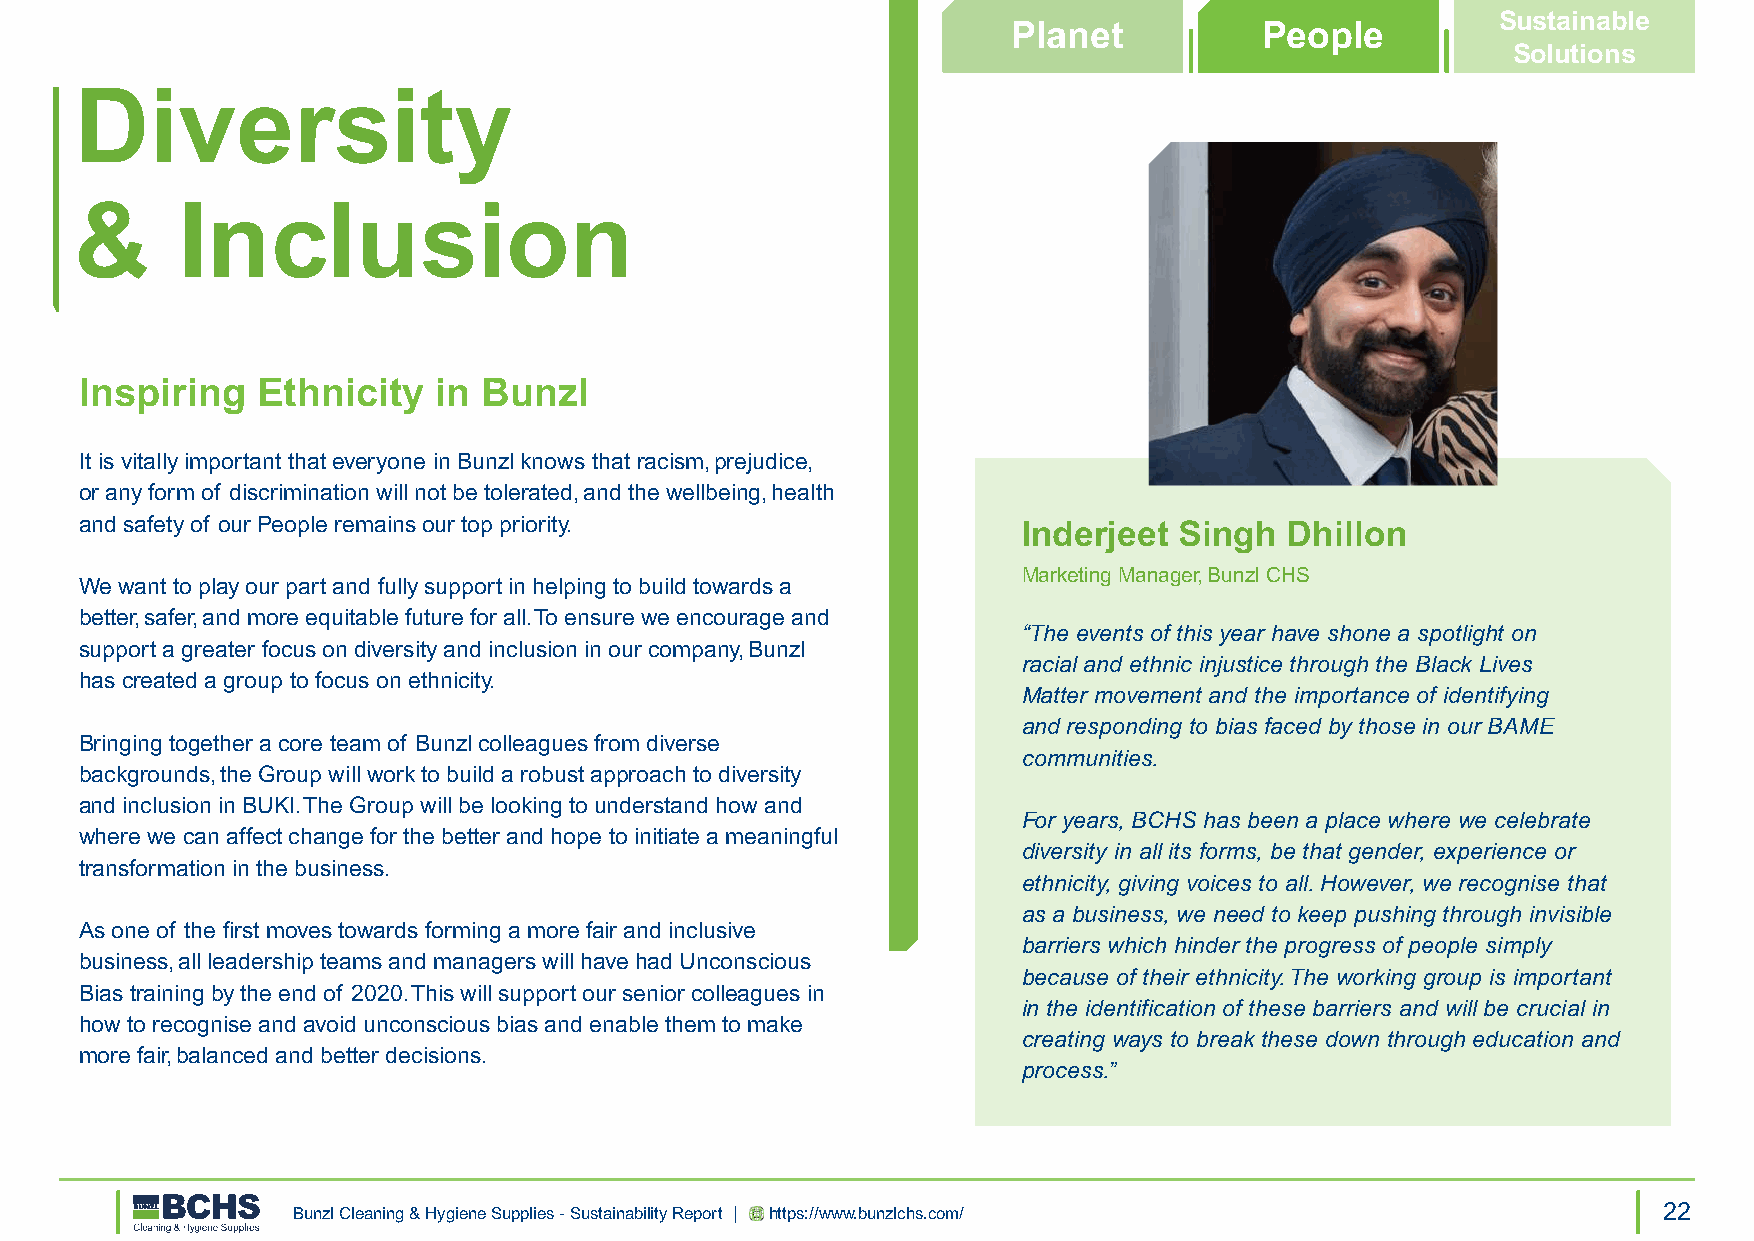
Sustainable
 Planet           People
 Solutions
 Diversity
 &      Inclusion
 Inspiring   Ethnicity   in Bunzl
 It is vitally important that everyone in Bunzl knows that racism, prejudice,
 or any form of discrimination will not be tolerated, and the wellbeing, health
 and safety of our People remains our top priority.             Inderjeet Singh  Dhillon
 Marketing Manager, Bunzl CHS
 We want to play our part and fully support in helping to build towards a
 better, safer, and more equitable future for all. To ensure we encourage and
 “The events of this year have shone a spotlight on
 support a greater focus on diversity and inclusion in our company, Bunzl
 racial and ethnic injustice through the Black Lives
 has created a group to focus on ethnicity.
 Matter movement and the importance of identifying
 and responding to bias faced by those in our BAME
 Bringing together a core team of Bunzl colleagues from diverse
 communities.
 backgrounds, the Group will work to build a robust approach to diversity
 and inclusion in BUKI. The Group will be looking to understand how and
 For years, BCHS has been a place where we celebrate
 where we can affect change for the better and hope to initiate a meaningful
 diversity in all its forms, be that gender, experience or
 transformation in the business.
 ethnicity, giving voices to all. However, we recognise that
 as a business, we need to keep pushing through invisible
 As one of the first moves towards forming a more fair and inclusive
 barriers which hinder the progress of people simply
 business, all leadership teams and managers will have had Unconscious
 because of their ethnicity. The working group is important
 Bias training by the end of 2020. This will support our senior colleagues in
 in the identification of these barriers and will be crucial in
 how to recognise and avoid unconscious bias and enable them to make
 creating ways to break these down through education and
 more fair, balanced and better decisions.
 process.”
 Bunzl Cleaning & Hygiene Supplies - Sustainability Report | https://www.bunzlchs.com/      22